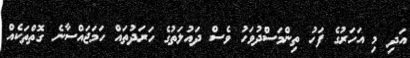
އަދި މި އަހަރުގެ ފަހު ތިންމަސްދުވަހު ވެސް ދައުލަތުގެ ހަރަދުތައް ހަމަޖައްސާނެ ގޮތްތަކެއް